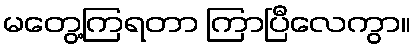
မတွေ့ကြရတာ ကြာပြီလေကွာ။